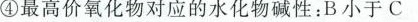
④最高价氧化物对应的水化物碱性：B小于C